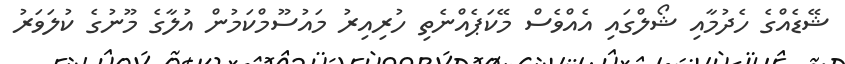
ޝޭޑެއްގެ ހެދުމާއި ޝޯލްގައި އެއްވެސް މޭކަޕެއްނެތި ހުރިއިރު މައުސޫމްކަމުން އުލާގެ މޫނުގެ ކުލަވަރު